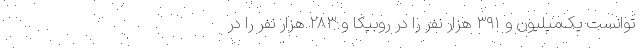
توانست یک‌میلیون و ٣٩١ هزار نفر را در روبیکا و ٢٨٣ هزار نفر را در